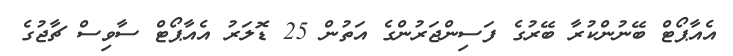
އެއާޕޯޓް ބޭނުންކުރާ ބޭރުގެ ފަސިންޖަރުންގެ އަތުން 25 ޑޮލަރު އެއާޕޯޓް ސާވިސް ޗާޖުގެ